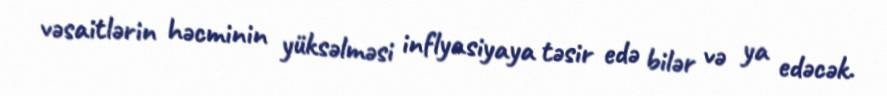
vəsaitlərin həcminin yüksəlməsi inflyasiyaya təsir edə bilər və ya edəcək.